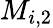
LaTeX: M_{i,2}